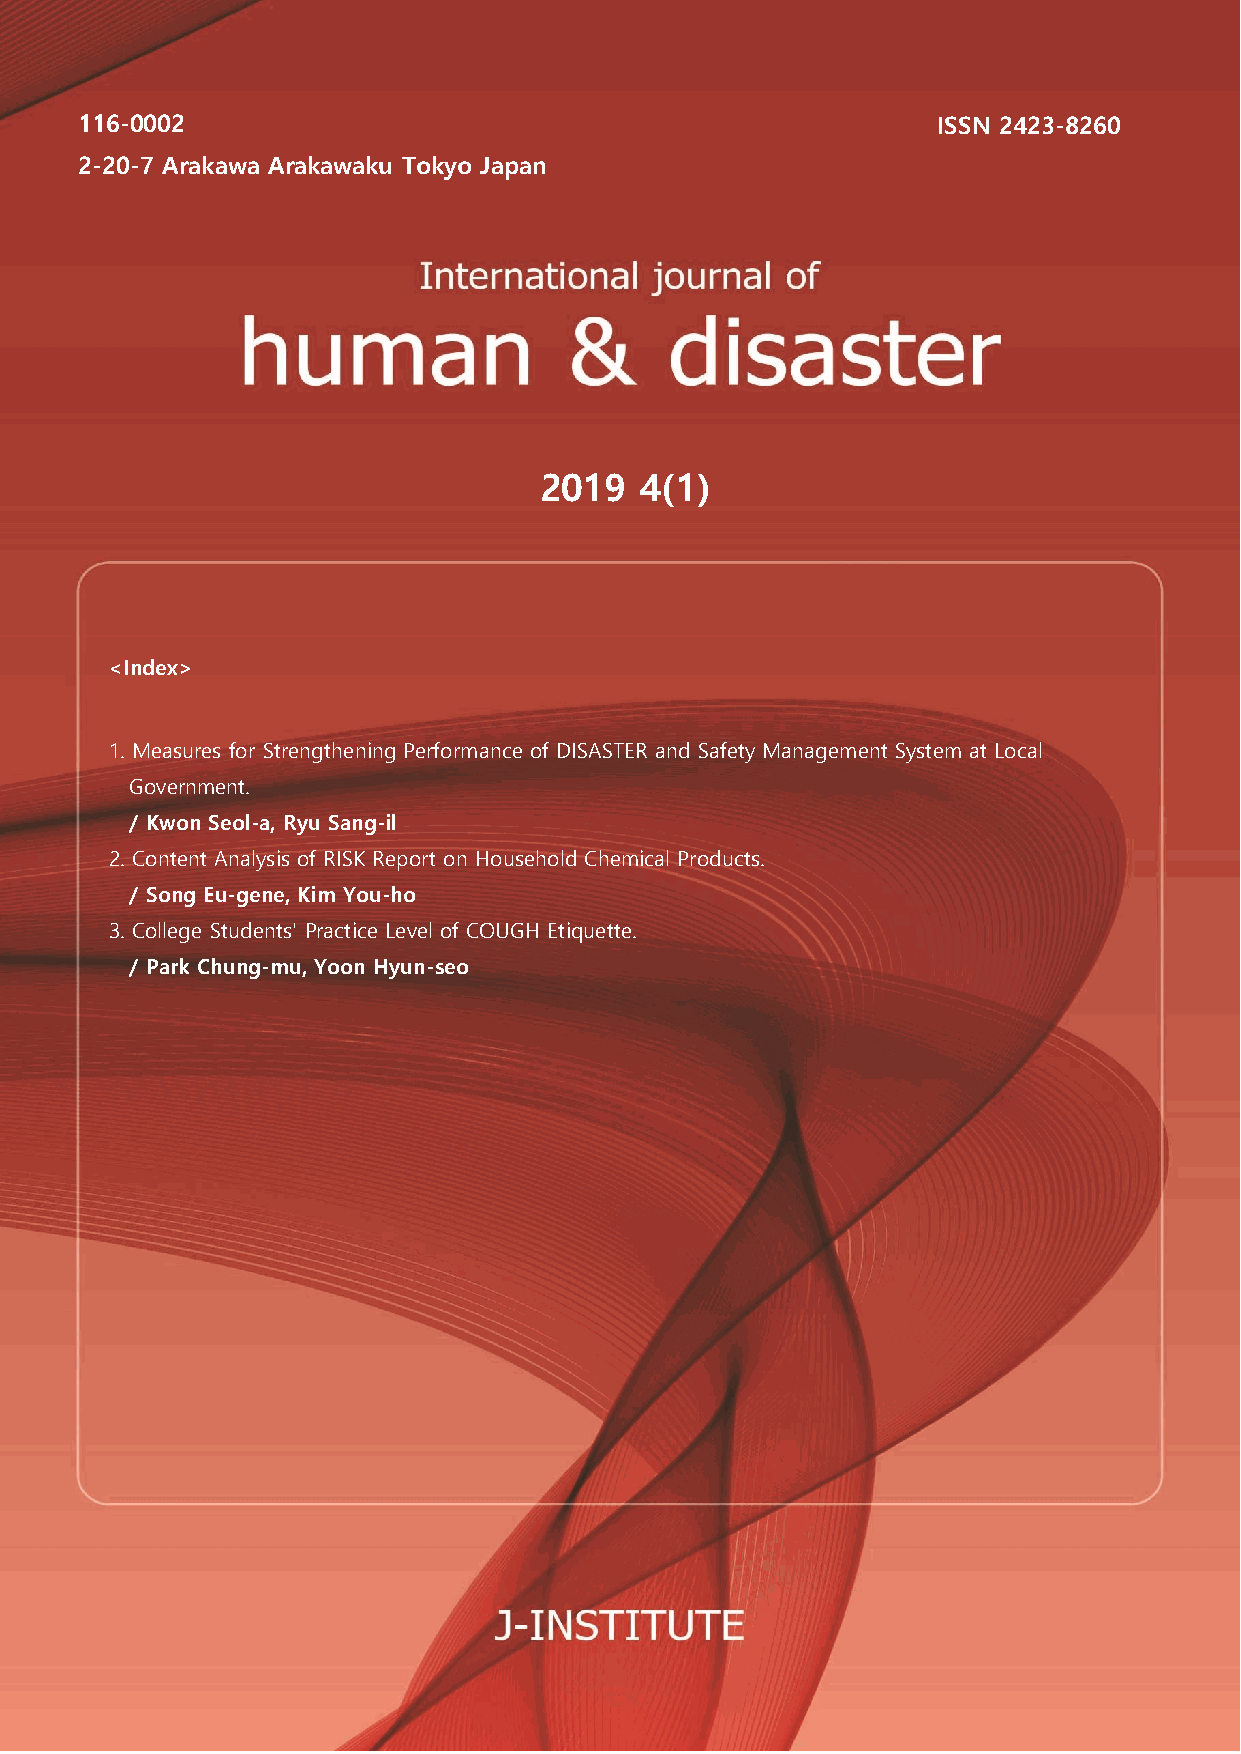
116-0002                                                 ISSN 2423-8260
 2-20-7 Arakawa Arakawaku Tokyo Japan
 2019  4(1)
 <Index>
 1. Measures for Strengthening Performance of DISASTER and Safety Management System at Local
 Government.
 / Kwon Seol-a, Ryu Sang-il
 2. Content Analysis of RISK Report on Household Chemical Products.
 / Song Eu-gene, Kim You-ho
 3. College Students' Practice Level of COUGH Etiquette.
 / Park Chung-mu, Yoon Hyun-seo